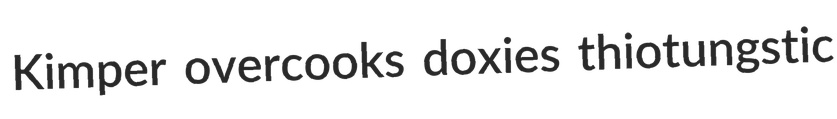
Kimper overcooks doxies thiotungstic